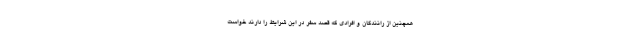
همچنین از رانندگان و افرادی که قصد سفر در این شرایط را دارند خواست